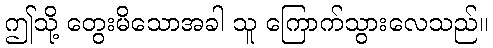
ဤသို့ တွေးမိသောအခါ သူ ကြောက်သွားလေသည်။